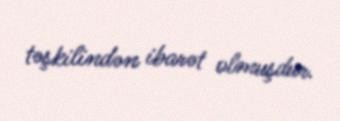
təşkilindən ibarət olmuşdur.